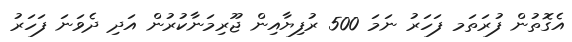
އެގޮތުން ފުރަތަމ ފަހަރު ނަމަ 500 ރުފިޔާއިން ޖޫރިމަނާކުރުން އަދި ދެވަނަ ފަހަރު